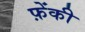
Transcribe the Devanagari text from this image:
फ़ेंकी